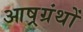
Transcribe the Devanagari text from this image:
आष्रग्रंथों